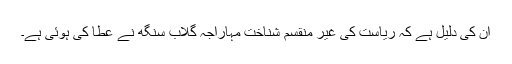
ان کی دلیل ہے کہ ریاست کی غیر منقسم شناخت مہاراجہ گلاب سنگھ نے عطا کی ہوئی ہے۔